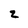
Character: z